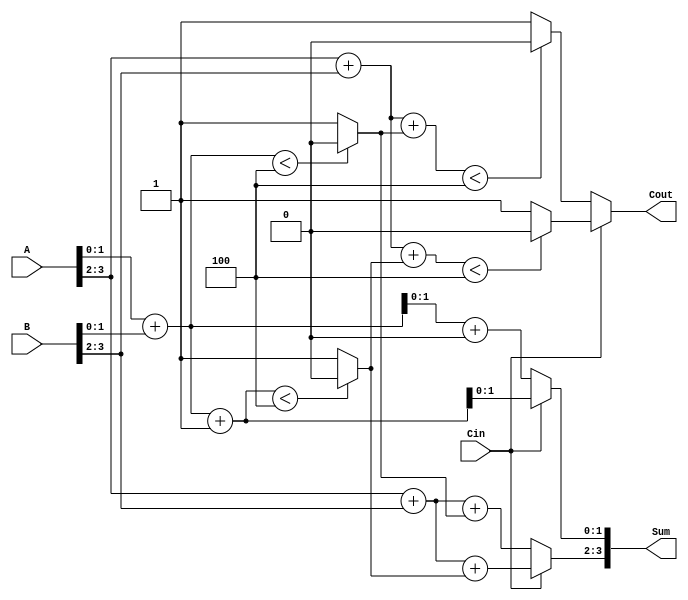
module CarrySelectAdder (
    input [3:0] A,
    input [3:0] B,
    input Cin,
    output [3:0] Sum,
    output Cout
);
    wire [3:0] S0, S1; // Sums for Carry-in 0 and 1
    wire C0[1:0], C1[1:0]; // Carry outputs for Carry-in 0 and 1
    wire C0_out, C1_out; // Carry out for the last block

    // Block 1: A[1:0] + B[1:0]
    assign S0[1:0] = A[1:0] + B[1:0] + 0; // With Carry-in = 0
    assign C0[0] = (A[1:0] + B[1:0] < 4) ? 0 : 1; // Carry-out for Carry-in = 0
    assign S1[1:0] = A[1:0] + B[1:0] + 1; // With Carry-in = 1
    assign C1[0] = (A[1:0] + B[1:0] + 1 < 4) ? 0 : 1; // Carry-out for Carry-in = 1

    // Block 2: A[3:2] + B[3:2]
    assign S0[3:2] = A[3:2] + B[3:2] + C0[0]; // With Carry-in from Block 1
    assign C0[1] = (A[3:2] + B[3:2] + C0[0] < 4) ? 0 : 1; // Carry-out for Carry-in = 0
    assign S1[3:2] = A[3:2] + B[3:2] + C1[0]; // With Carry-in from Block 1
    assign C1[1] = (A[3:2] + B[3:2] + C1[0] < 4) ? 0 : 1; // Carry-out for Carry-in = 1

    // Carry selection logic
    assign Sum[1:0] = (Cin) ? S1[1:0] : S0[1:0]; // Select Sum for Block 1
    assign Cout = (Cin) ? C1[1] : C0[1]; // Select Carry-out for Block 2
    assign Sum[3:2] = (Cin) ? S1[3:2] : S0[3:2]; // Select Sum for Block 2

endmodule